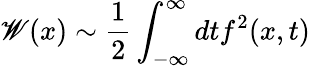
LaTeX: \mathscr{W}(x)\sim\frac{{1}}{{2}}\int_{-\infty}^{\infty}dtf^{2}(x,t)